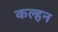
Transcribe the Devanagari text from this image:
कल्हन